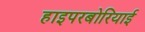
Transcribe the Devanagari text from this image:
हाइपरबोरियाई